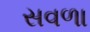
સવળા